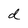
Character: d